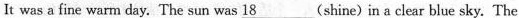
It was a fine warm day. The sun was 18___ shine) in a clear blue sky. The